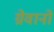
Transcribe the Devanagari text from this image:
ग्रेवानो